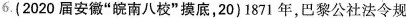
6.(2020届安徽”皖南八校”摸底，20)1871年，巴黎公社法令规